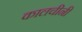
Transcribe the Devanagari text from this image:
कालचीनी